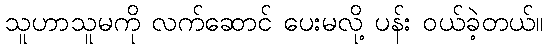
သူဟာသူမကို လက်ဆောင် ပေးမလို့ ပန်း ဝယ်ခဲ့တယ်။